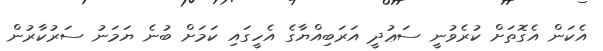
އެކަން އެގޮތަށް ކުރެވުނީ ސަޢުދީ އަރަބިއްޔާގެ އެހީގައި ކަމަށް ބުނެ ޔަމަނު ސަރުކާރުން